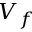
V _ { f }